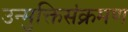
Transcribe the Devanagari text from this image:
उन्मुक्तिसंक्रमण